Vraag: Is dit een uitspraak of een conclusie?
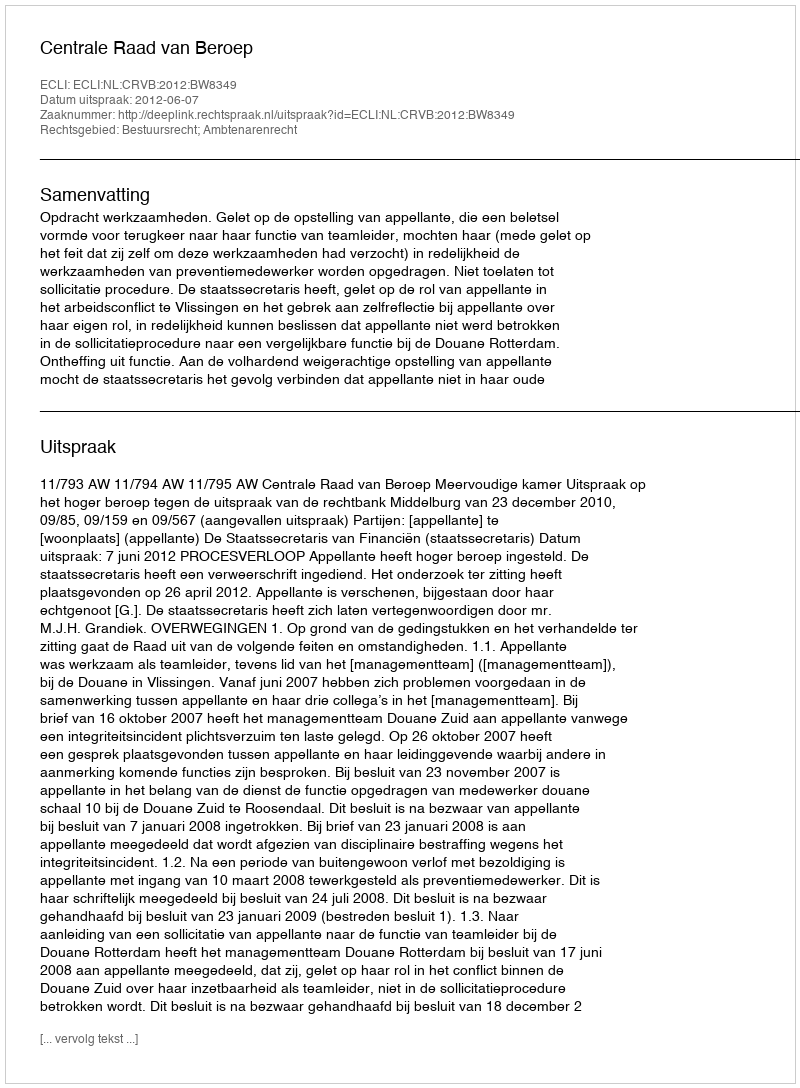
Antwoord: Uitspraak